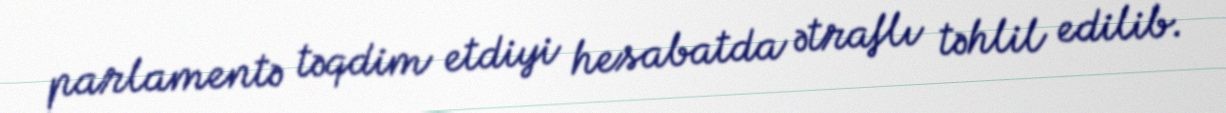
parlamentə təqdim etdiyi hesabatda ətraflı təhlil edilib.